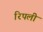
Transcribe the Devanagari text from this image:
रिपली